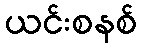
ယင်းစနစ်